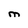
Character: M